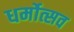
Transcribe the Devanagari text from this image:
धर्मोत्सव